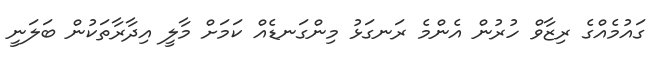
ގައުމެއްގެ ރިޒާވް ހުރުން އެންމެ ރަނގަޅު މިންގަނޑެއް ކަމަށް މާލީ އިދާރާތަކުން ބަލަނީ